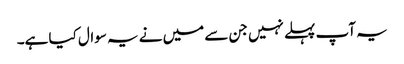
یہ آپ پہلے نہیں جن سے میں نے یہ سوال کیا ہے۔